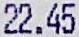
22.45